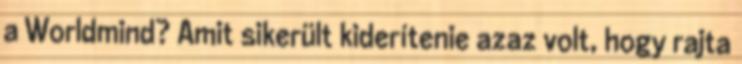
a Worldmind? Amit sikerült kiderítenie azaz volt, hogy rajta